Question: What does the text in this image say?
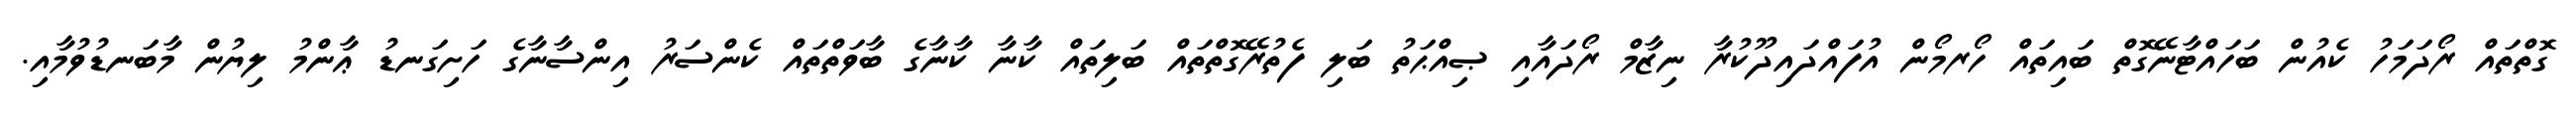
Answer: ގޮތްތައް ރޯދަމަހު ކެއުން ބަހައްޓާނޭގޮތް ބައިތައް ހޯރމޯން އުފައްދައިދޫކުރާ ނިޒާމް ރޯދައާއި ޞިއްޙަތު ބަލި ފެތުރޭގޮތްތައް ބަލިތައް ކާނާ ކާނާގެ ބާވަތްތައް ކެންސަރު އިންސާނާގެ ހަށިގަނޑު ޢާންމު ލިޔުން މާބަނޑުވުމާއި.